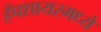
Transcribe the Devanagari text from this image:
हँपशायरमध्ये